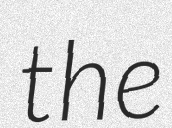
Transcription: the